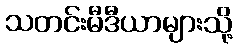
သတင်းမီဒီယာများသို့